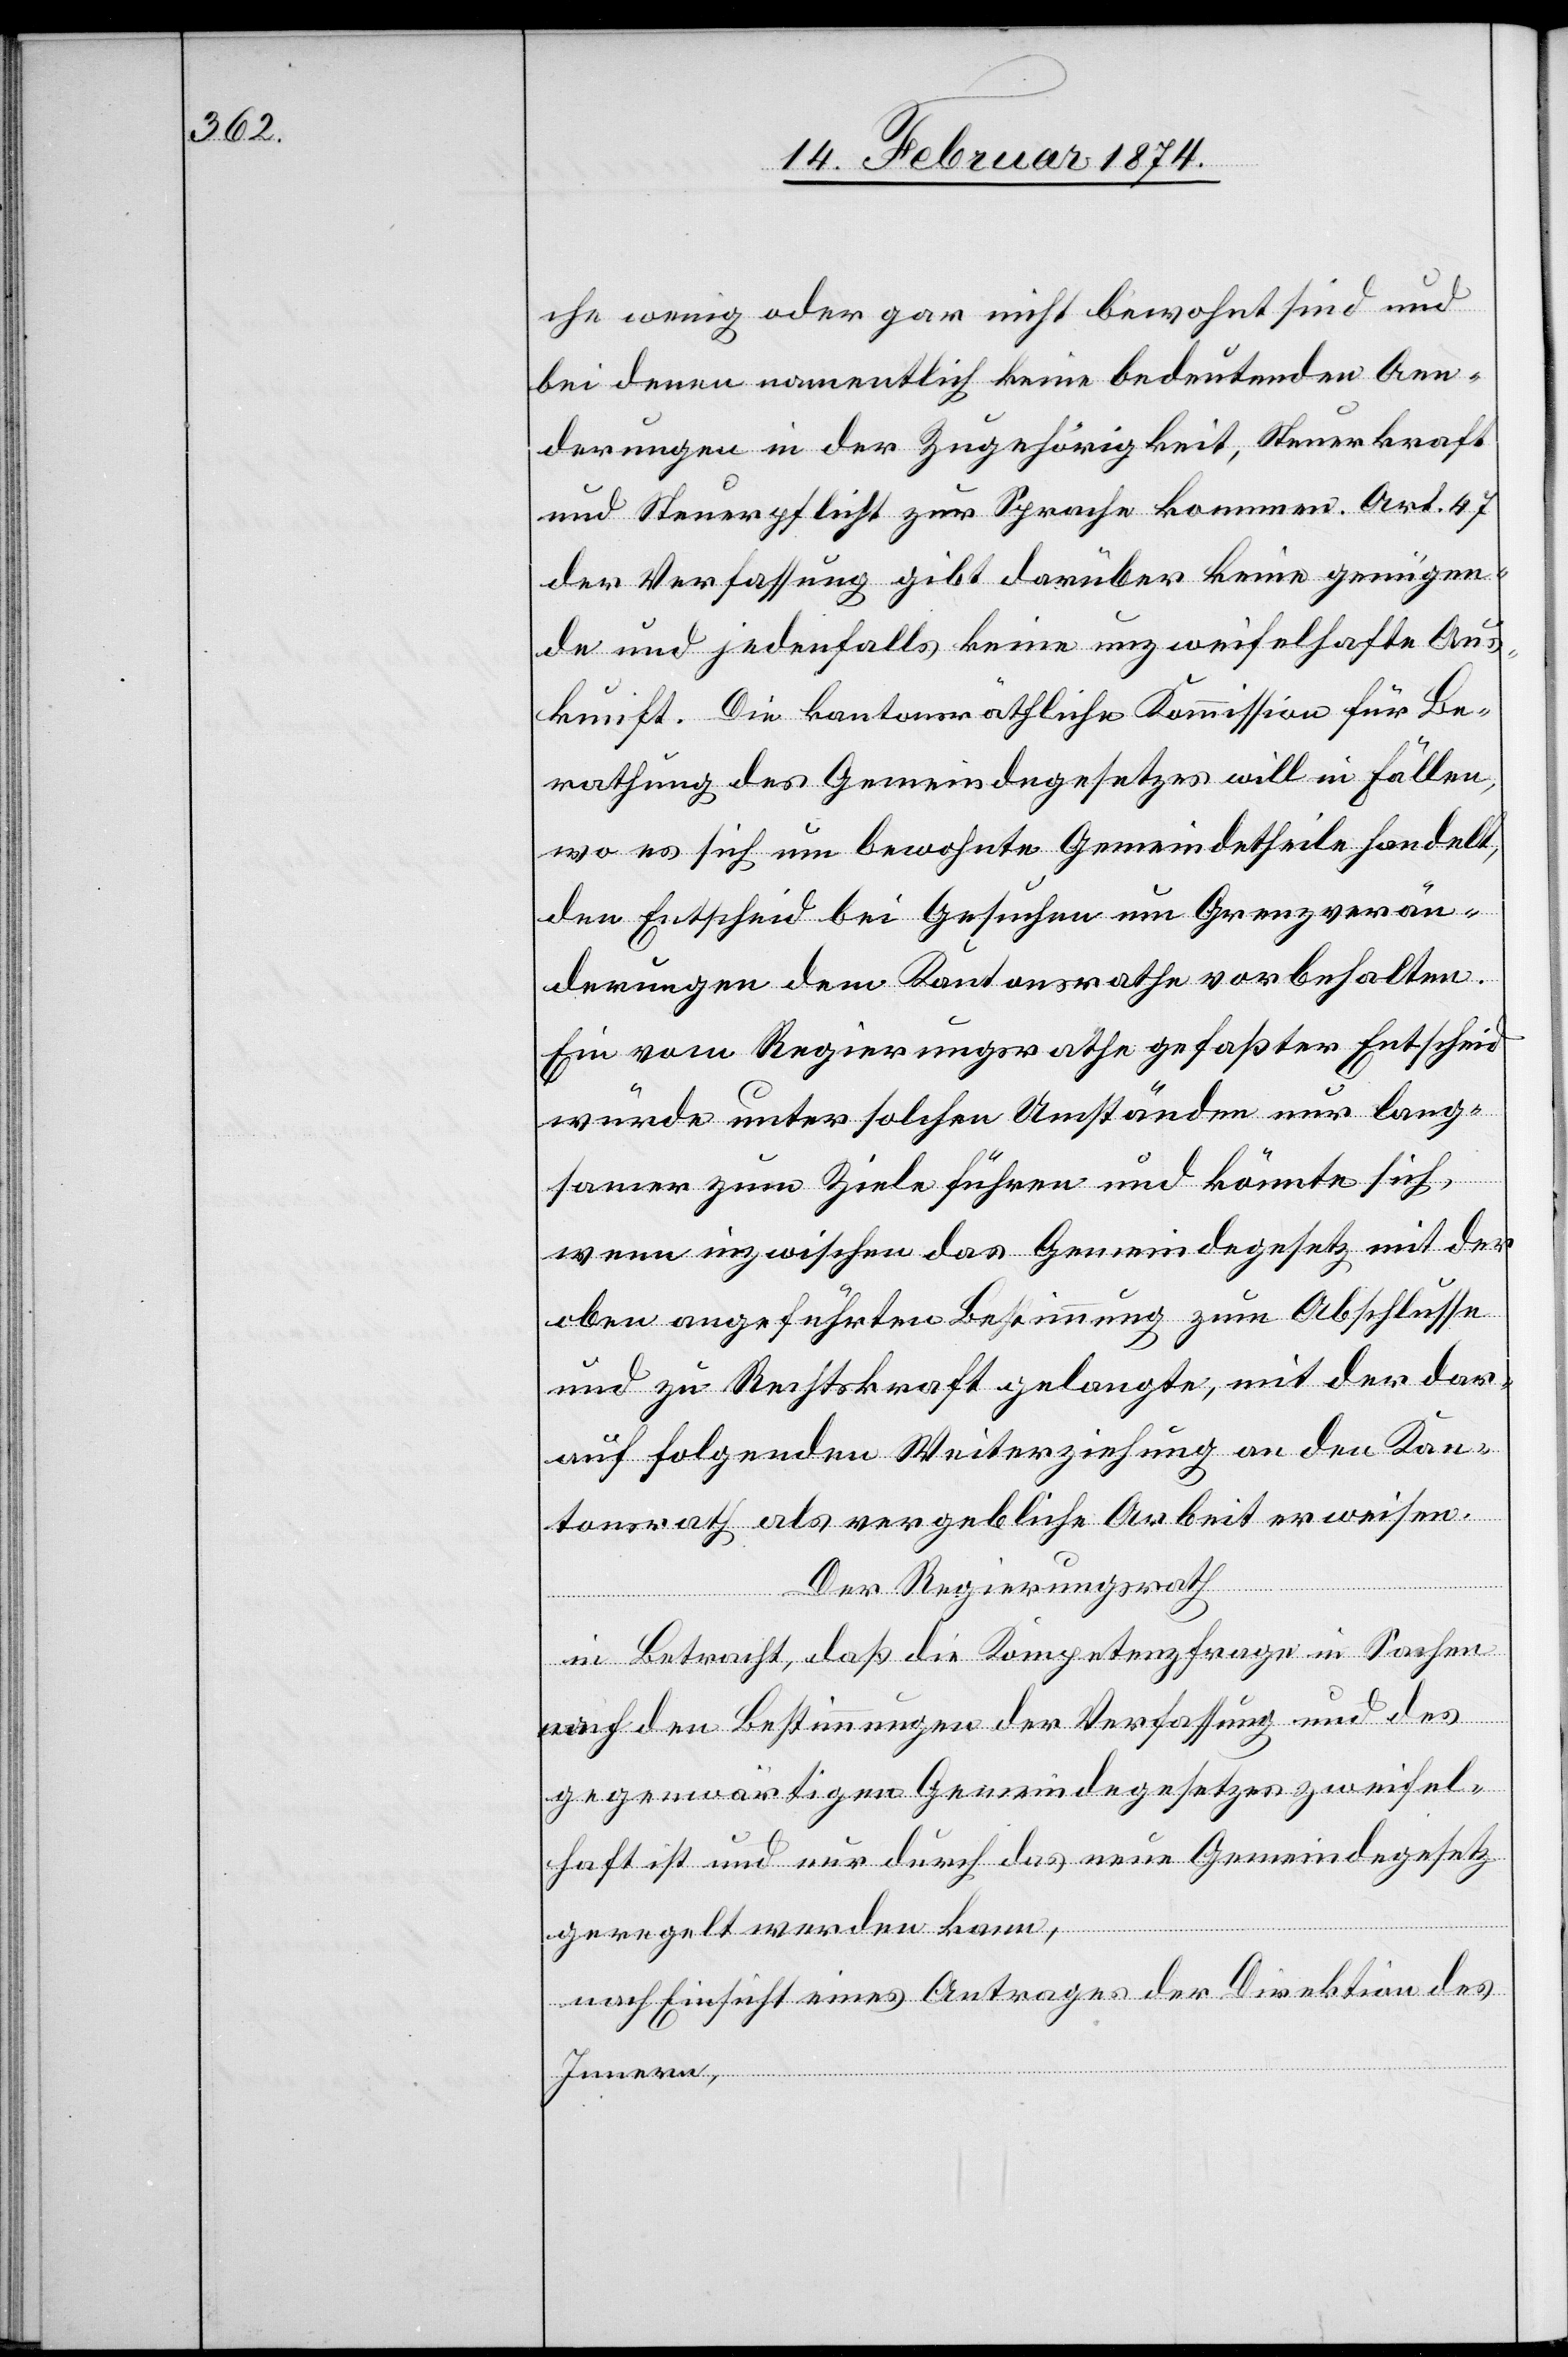
che wenig oder gar nicht bewohnt sind und
bei denen namentlich keine bedeutenden Aen¬
derungen in der Zugehörigkeit, Steuerkraft
und Steuerpflicht zur Sprache kommen. Art 47
der Verfassung gibt darüber keine genügen¬
de und jedenfalls keine unzweifelhafte Aus¬
kunft. Die kantonsräthliche Kommision für Be¬
rathung des Gemeindegesetzes will in Fällen,
wo es sich um bewohnte Gemeindetheile handelt,
den Entscheid bei Gesuchen um Grenzverän¬
derungen dem Kantonsrathe vorbehalten.
Ein vom Regierungsrathe gefaßter Entscheid
würde unter solchen Umständen nur lang¬
samer zum Ziele führen und könnte sich
wenn inzwischen das Gemeindegesetz mit der
oben angeführten Bestimmung zum Abschlusse
und zu Rechtskraft gelangte, mit der dar¬
auf folgenden Weiterziehung an den Kan¬
tonsrath als vergebliche Arbeit erweisen.
Der Regierungsrath
in Betracht, daß die Kompetenzfrage in Sachen
auf den Bestimmungen der Verfassung und des
gegenwärtigen Gemeindegesetzes zweifel¬
haft ist und nur durch das neue Gemeindegesetz
geregelt werden kann,
nach Einsicht eines Antrages der Direktion des
Innern,